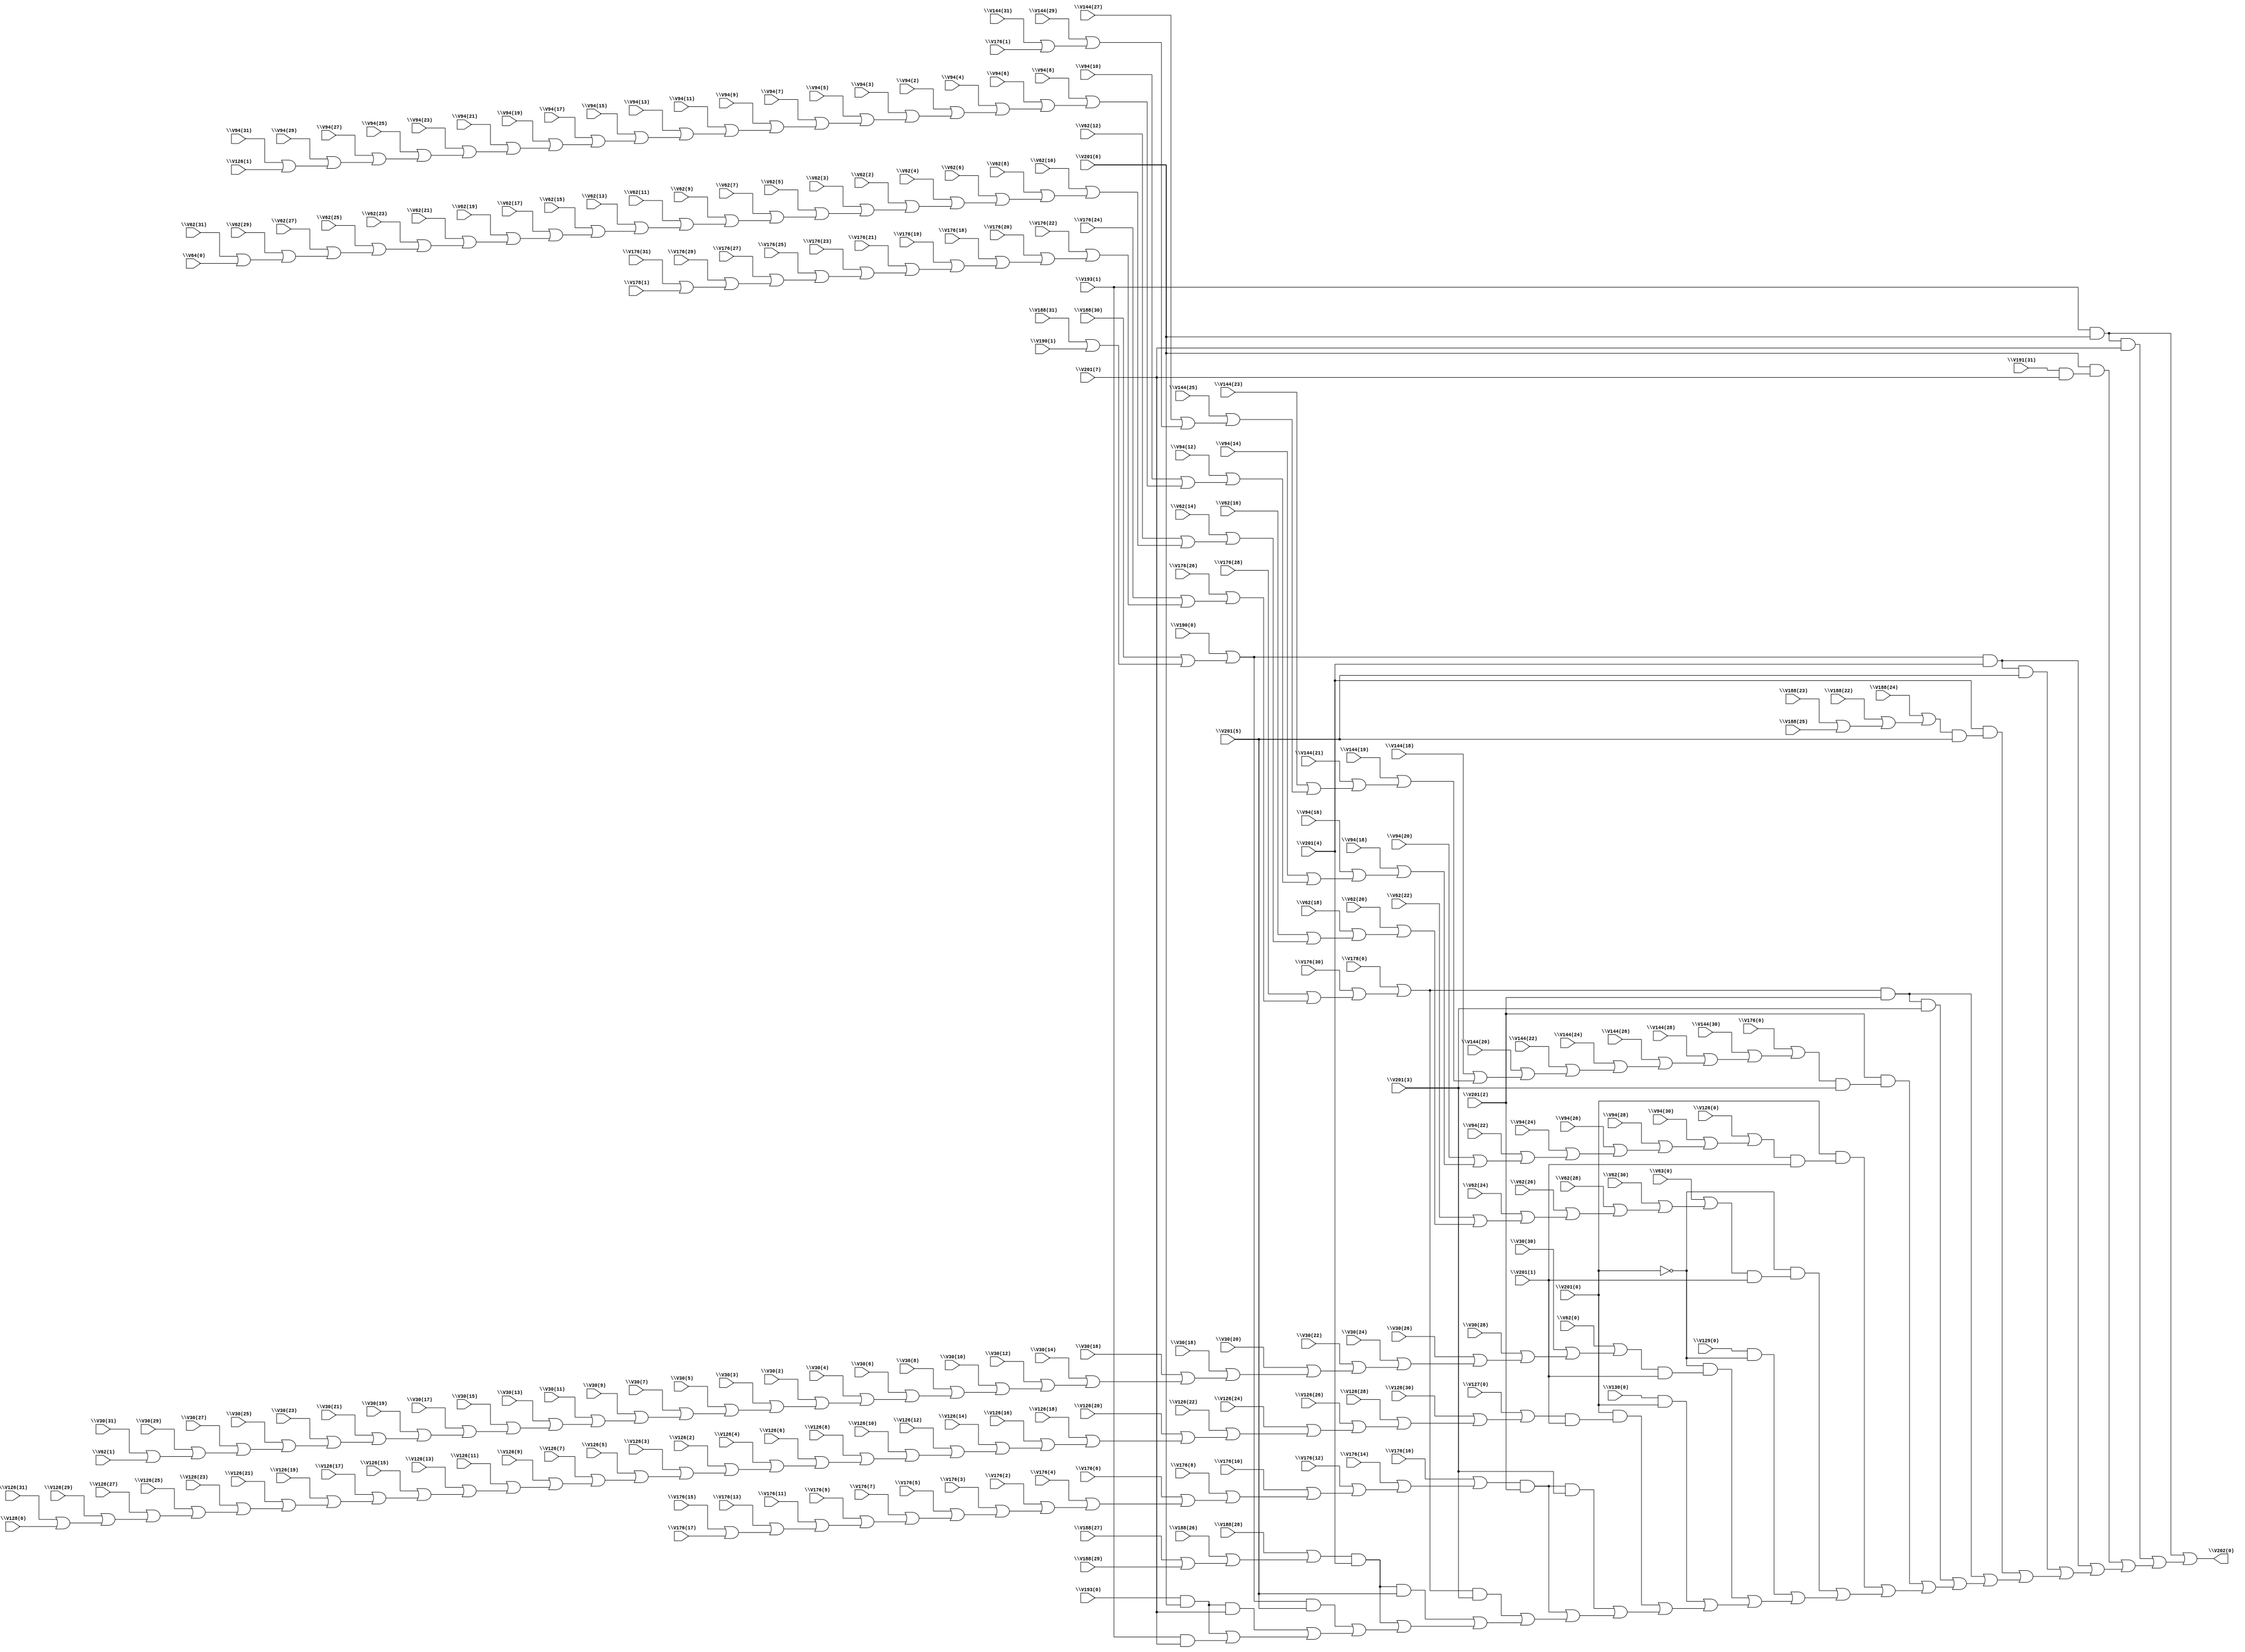
// IWLS benchmark module "i2" printed on Wed May 29 16:38:44 2002
module i2(\V62(1) , \V30(31) , \V30(29) , \V30(27) , \V30(25) , \V30(23) , \V30(21) , \V30(19) , \V30(17) , \V30(15) , \V30(13) , \V30(11) , \V30(9) , \V30(7) , \V30(5) , \V30(3) , \V30(2) , \V30(4) , \V30(6) , \V30(8) , \V30(10) , \V30(12) , \V30(14) , \V30(16) , \V30(18) , \V30(20) , \V30(22) , \V30(24) , \V30(26) , \V30(28) , \V30(30) , \V62(0) , \V64(0) , \V62(31) , \V62(29) , \V62(27) , \V62(25) , \V62(23) , \V62(21) , \V62(19) , \V62(17) , \V62(15) , \V62(13) , \V62(11) , \V62(9) , \V62(7) , \V62(5) , \V62(3) , \V62(2) , \V62(4) , \V62(6) , \V62(8) , \V62(10) , \V62(12) , \V62(14) , \V62(16) , \V62(18) , \V62(20) , \V62(22) , \V62(24) , \V62(26) , \V62(28) , \V62(30) , \V63(0) , \V126(1) , \V94(31) , \V94(29) , \V94(27) , \V94(25) , \V94(23) , \V94(21) , \V94(19) , \V94(17) , \V94(15) , \V94(13) , \V94(11) , \V94(9) , \V94(7) , \V94(5) , \V94(3) , \V94(2) , \V94(4) , \V94(6) , \V94(8) , \V94(10) , \V94(12) , \V94(14) , \V94(16) , \V94(18) , \V94(20) , \V94(22) , \V94(24) , \V94(26) , \V94(28) , \V94(30) , \V126(0) , \V128(0) , \V126(31) , \V126(29) , \V126(27) , \V126(25) , \V126(23) , \V126(21) , \V126(19) , \V126(17) , \V126(15) , \V126(13) , \V126(11) , \V126(9) , \V126(7) , \V126(5) , \V126(3) , \V126(2) , \V126(4) , \V126(6) , \V126(8) , \V126(10) , \V126(12) , \V126(14) , \V126(16) , \V126(18) , \V126(20) , \V126(22) , \V126(24) , \V126(26) , \V126(28) , \V126(30) , \V127(0) , \V201(0) , \V129(0) , \V201(1) , \V130(0) , \V176(1) , \V144(31) , \V144(29) , \V144(27) , \V144(25) , \V144(23) , \V144(21) , \V144(19) , \V144(18) , \V144(20) , \V144(22) , \V144(24) , \V144(26) , \V144(28) , \V144(30) , \V176(0) , \V176(17) , \V176(15) , \V176(13) , \V176(11) , \V176(9) , \V176(7) , \V176(5) , \V176(3) , \V176(2) , \V176(4) , \V176(6) , \V176(8) , \V176(10) , \V176(12) , \V176(14) , \V176(16) , \V178(1) , \V176(31) , \V176(29) , \V176(27) , \V176(25) , \V176(23) , \V176(21) , \V176(19) , \V176(18) , \V176(20) , \V176(22) , \V176(24) , \V176(26) , \V176(28) , \V176(30) , \V178(0) , \V201(3) , \V201(2) , \V188(25) , \V188(23) , \V188(22) , \V188(24) , \V188(29) , \V188(27) , \V188(26) , \V188(28) , \V190(1) , \V188(31) , \V188(30) , \V190(0) , \V201(5) , \V201(4) , \V201(7) , \V191(31) , \V201(6) , \V193(0) , \V193(1) , \V202(0) );
input
  \V126(17) ,
  \V144(21) ,
  \V30(29) ,
  \V126(1) ,
  \V126(16) ,
  \V144(20) ,
  \V30(28) ,
  \V126(0) ,
  \V126(19) ,
  \V144(23) ,
  \V126(18) ,
  \V144(22) ,
  \V62(13) ,
  \V144(25) ,
  \V62(12) ,
  \V191(31) ,
  \V144(24) ,
  \V62(15) ,
  \V94(31) ,
  \V62(14) ,
  \V126(7) ,
  \V94(30) ,
  \V126(6) ,
  \V144(19) ,
  \V30(31) ,
  \V201(3) ,
  \V126(9) ,
  \V144(18) ,
  \V62(11) ,
  \V30(30) ,
  \V201(2) ,
  \V126(8) ,
  \V126(11) ,
  \V62(10) ,
  \V201(5) ,
  \V126(10) ,
  \V201(4) ,
  \V126(13) ,
  \V176(31) ,
  \V126(12) ,
  \V176(30) ,
  \V94(2) ,
  \V126(15) ,
  \V63(0) ,
  \V201(1) ,
  \V94(3) ,
  \V126(14) ,
  \V62(17) ,
  \V201(0) ,
  \V94(4) ,
  \V193(1) ,
  \V62(16) ,
  \V94(5) ,
  \V193(0) ,
  \V62(19) ,
  \V94(6) ,
  \V62(18) ,
  \V176(3) ,
  \V94(7) ,
  \V62(23) ,
  \V176(2) ,
  \V94(8) ,
  \V129(0) ,
  \V62(22) ,
  \V176(5) ,
  \V201(7) ,
  \V94(9) ,
  \V62(25) ,
  \V176(4) ,
  \V201(6) ,
  \V62(24) ,
  \V176(27) ,
  \V176(26) ,
  \V176(1) ,
  \V176(29) ,
  \V62(21) ,
  \V176(0) ,
  \V176(28) ,
  \V62(20) ,
  \V188(31) ,
  \V176(7) ,
  \V62(0) ,
  \V188(30) ,
  \V62(27) ,
  \V176(6) ,
  \V62(1) ,
  \V62(26) ,
  \V176(9) ,
  \V176(21) ,
  \V62(2) ,
  \V62(29) ,
  \V176(8) ,
  \V176(20) ,
  \V62(3) ,
  \V62(28) ,
  \V176(23) ,
  \V62(4) ,
  \V176(22) ,
  \V62(5) ,
  \V94(13) ,
  \V128(0) ,
  \V176(25) ,
  \V62(6) ,
  \V94(12) ,
  \V176(24) ,
  \V62(7) ,
  \V94(15) ,
  \V30(13) ,
  \V130(0) ,
  \V176(17) ,
  \V62(8) ,
  \V94(14) ,
  \V30(12) ,
  \V176(16) ,
  \V62(9) ,
  \V188(27) ,
  \V30(15) ,
  \V176(19) ,
  \V188(26) ,
  \V62(31) ,
  \V30(14) ,
  \V126(31) ,
  \V176(18) ,
  \V94(11) ,
  \V188(29) ,
  \V62(30) ,
  \V126(30) ,
  \V94(10) ,
  \V188(28) ,
  \V30(11) ,
  \V30(10) ,
  \V144(31) ,
  \V94(17) ,
  \V176(11) ,
  \V144(30) ,
  \V94(16) ,
  \V176(10) ,
  \V94(19) ,
  \V30(17) ,
  \V176(13) ,
  \V94(18) ,
  \V30(16) ,
  \V176(12) ,
  \V126(27) ,
  \V94(23) ,
  \V188(23) ,
  \V30(2) ,
  \V30(19) ,
  \V176(15) ,
  \V126(26) ,
  \V94(22) ,
  \V188(22) ,
  \V30(3) ,
  \V127(0) ,
  \V30(18) ,
  \V176(14) ,
  \V126(29) ,
  \V94(25) ,
  \V188(25) ,
  \V30(4) ,
  \V30(23) ,
  \V126(28) ,
  \V94(24) ,
  \V188(24) ,
  \V30(5) ,
  \V30(22) ,
  \V30(6) ,
  \V30(25) ,
  \V30(7) ,
  \V30(24) ,
  \V144(27) ,
  \V94(21) ,
  \V30(8) ,
  \V144(26) ,
  \V94(20) ,
  \V30(9) ,
  \V178(1) ,
  \V144(29) ,
  \V178(0) ,
  \V30(21) ,
  \V144(28) ,
  \V30(20) ,
  \V126(21) ,
  \V126(3) ,
  \V126(20) ,
  \V126(2) ,
  \V126(23) ,
  \V94(27) ,
  \V126(5) ,
  \V126(22) ,
  \V94(26) ,
  \V64(0) ,
  \V126(4) ,
  \V126(25) ,
  \V94(29) ,
  \V190(1) ,
  \V30(27) ,
  \V126(24) ,
  \V94(28) ,
  \V190(0) ,
  \V30(26) ;
output
  \V202(0) ;
wire
  \V206(0) ,
  \V216(0) ,
  \[0] ,
  \V205(0) ,
  \V215(0) ,
  V207,
  V208,
  V209,
  V210,
  V211,
  V212,
  V213,
  V217,
  V218,
  V219,
  V220,
  V221,
  V222,
  V226,
  V227,
  V228,
  V229,
  \V225(0) ,
  V230,
  V231,
  V232,
  V233,
  V234,
  V235,
  V236,
  V237,
  \V204(0) ,
  \V214(0) ,
  \V224(0) ,
  \V203(0) ,
  \V223(0) ;
assign
  \V206(0)  = \V127(0)  | (\V126(30)  | (\V126(28)  | (\V126(26)  | (\V126(24)  | (\V126(22)  | (\V126(20)  | (\V126(18)  | (\V126(16)  | (\V126(14)  | (\V126(12)  | (\V126(10)  | (\V126(8)  | (\V126(6)  | (\V126(4)  | (\V126(2)  | (\V126(3)  | (\V126(5)  | (\V126(7)  | (\V126(9)  | (\V126(11)  | (\V126(13)  | (\V126(15)  | (\V126(17)  | (\V126(19)  | (\V126(21)  | (\V126(23)  | (\V126(25)  | (\V126(27)  | (\V126(29)  | (\V126(31)  | \V128(0) )))))))))))))))))))))))))))))),
  \V216(0)  = \V178(0)  | (\V176(30)  | (\V176(28)  | (\V176(26)  | (\V176(24)  | (\V176(22)  | (\V176(20)  | (\V176(18)  | (\V176(19)  | (\V176(21)  | (\V176(23)  | (\V176(25)  | (\V176(27)  | (\V176(29)  | (\V176(31)  | \V178(1) )))))))))))))),
  \[0]  = V235 | (V236 | (V232 | (V229 | (V230 | (V226 | (V220 | (V221 | (V217 | (V212 | (V210 | (V208 | (V209 | (V211 | (V213 | (V219 | (V218 | (V222 | (V228 | (V227 | (V231 | (V234 | (V233 | V237)))))))))))))))))))))),
  \V205(0)  = \V126(0)  | (\V94(30)  | (\V94(28)  | (\V94(26)  | (\V94(24)  | (\V94(22)  | (\V94(20)  | (\V94(18)  | (\V94(16)  | (\V94(14)  | (\V94(12)  | (\V94(10)  | (\V94(8)  | (\V94(6)  | (\V94(4)  | (\V94(2)  | (\V94(3)  | (\V94(5)  | (\V94(7)  | (\V94(9)  | (\V94(11)  | (\V94(13)  | (\V94(15)  | (\V94(17)  | (\V94(19)  | (\V94(21)  | (\V94(23)  | (\V94(25)  | (\V94(27)  | (\V94(29)  | (\V94(31)  | \V126(1) )))))))))))))))))))))))))))))),
  \V215(0)  = \V176(16)  | (\V176(14)  | (\V176(12)  | (\V176(10)  | (\V176(8)  | (\V176(6)  | (\V176(4)  | (\V176(2)  | (\V176(3)  | (\V176(5)  | (\V176(7)  | (\V176(9)  | (\V176(11)  | (\V176(13)  | (\V176(15)  | \V176(17) )))))))))))))),
  V207 = ~\V201(0) ,
  V208 = \V129(0)  & V207,
  V209 = V207 & (\V203(0)  & \V201(1) ),
  V210 = V207 & (\V204(0)  & \V201(1) ),
  V211 = \V130(0)  & \V201(0) ,
  V212 = \V201(0)  & (\V205(0)  & \V201(1) ),
  V213 = \V201(0)  & (\V206(0)  & \V201(1) ),
  V217 = \V201(2)  & (\V214(0)  & \V201(3) ),
  V218 = \V215(0)  & \V201(2) ,
  V219 = V218 & \V201(3) ,
  V220 = \V216(0)  & \V201(2) ,
  V221 = V220 & \V201(3) ,
  V222 = \V216(0)  & \V201(3) ,
  V226 = \V201(4)  & (\V223(0)  & \V201(5) ),
  V227 = \V224(0)  & \V201(4) ,
  V228 = V227 & \V201(5) ,
  V229 = \V225(0)  & \V201(4) ,
  \V225(0)  = \V190(0)  | (\V188(30)  | (\V188(31)  | \V190(1) )),
  V230 = V229 & \V201(5) ,
  V231 = \V225(0)  & \V201(5) ,
  V232 = \V201(6)  & (\V191(31)  & \V201(7) ),
  V233 = \V193(0)  & \V201(6) ,
  V234 = V233 & \V201(7) ,
  V235 = \V193(1)  & \V201(6) ,
  V236 = V235 & \V201(7) ,
  V237 = \V193(1)  & \V201(7) ,
  \V204(0)  = \V63(0)  | (\V62(30)  | (\V62(28)  | (\V62(26)  | (\V62(24)  | (\V62(22)  | (\V62(20)  | (\V62(18)  | (\V62(16)  | (\V62(14)  | (\V62(12)  | (\V62(10)  | (\V62(8)  | (\V62(6)  | (\V62(4)  | (\V62(2)  | (\V62(3)  | (\V62(5)  | (\V62(7)  | (\V62(9)  | (\V62(11)  | (\V62(13)  | (\V62(15)  | (\V62(17)  | (\V62(19)  | (\V62(21)  | (\V62(23)  | (\V62(25)  | (\V62(27)  | (\V62(29)  | (\V62(31)  | \V64(0) )))))))))))))))))))))))))))))),
  \V214(0)  = \V176(0)  | (\V144(30)  | (\V144(28)  | (\V144(26)  | (\V144(24)  | (\V144(22)  | (\V144(20)  | (\V144(18)  | (\V144(19)  | (\V144(21)  | (\V144(23)  | (\V144(25)  | (\V144(27)  | (\V144(29)  | (\V144(31)  | \V176(1) )))))))))))))),
  \V224(0)  = \V188(28)  | (\V188(26)  | (\V188(27)  | \V188(29) )),
  \V203(0)  = \V62(0)  | (\V30(30)  | (\V30(28)  | (\V30(26)  | (\V30(24)  | (\V30(22)  | (\V30(20)  | (\V30(18)  | (\V30(16)  | (\V30(14)  | (\V30(12)  | (\V30(10)  | (\V30(8)  | (\V30(6)  | (\V30(4)  | (\V30(2)  | (\V30(3)  | (\V30(5)  | (\V30(7)  | (\V30(9)  | (\V30(11)  | (\V30(13)  | (\V30(15)  | (\V30(17)  | (\V30(19)  | (\V30(21)  | (\V30(23)  | (\V30(25)  | (\V30(27)  | (\V30(29)  | (\V30(31)  | \V62(1) )))))))))))))))))))))))))))))),
  \V223(0)  = \V188(24)  | (\V188(22)  | (\V188(23)  | \V188(25) )),
  \V202(0)  = \[0] ;
endmodule